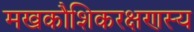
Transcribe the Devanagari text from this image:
मखकौशिकरक्षणस्य